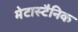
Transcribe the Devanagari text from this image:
मेटास्टैनिक